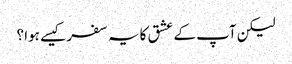
لیکن آپ کے عشق کا یہ سفر کیسے ہوا ؟